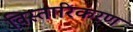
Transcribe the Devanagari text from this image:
विस्तारिकरण